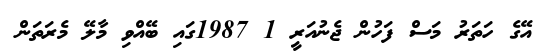
އޭގެ ހަތަރު މަސް ފަހުން ޖެނުއަރީ 1 1987ގައި ބޭއްވި މާލޭ މެރަތަން